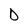
Character: D